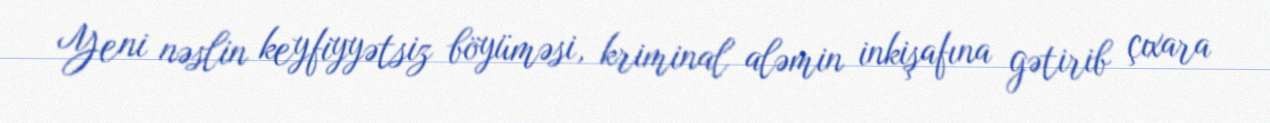
Yeni nəslin keyfiyyətsiz böyüməsi, kriminal aləmin inkişafına gətirib çıxara